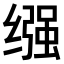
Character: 𫄶